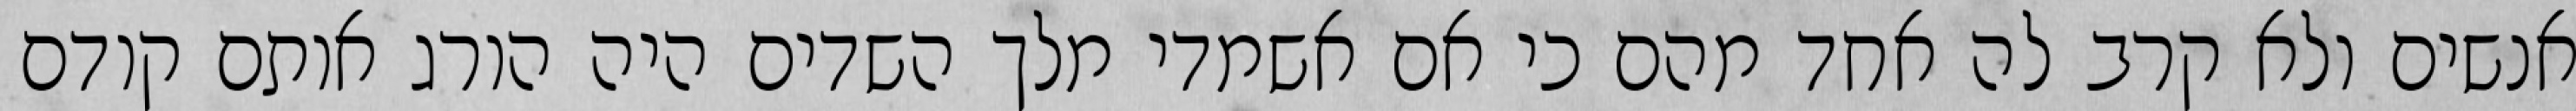
אנשים ולא קרב לה אחד מהם כי אם אשמדי‏ מלך השדים היה הורג אותם קודם